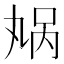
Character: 𫡬